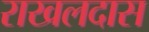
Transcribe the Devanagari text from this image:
राखलदास